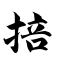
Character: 掊